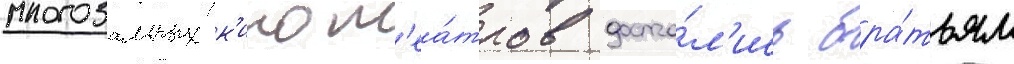
многозальных к'инот'еа́тров доста́л'ись бра́тьям